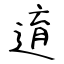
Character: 逳